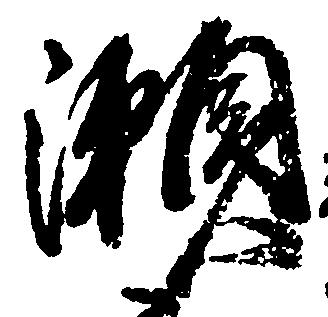
瀬